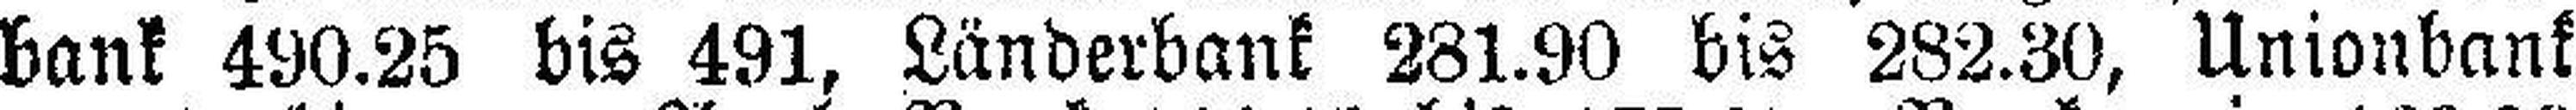
bank 400.25 bis 491, Länderbank 281.90 bis 282.30, Unionbank